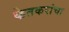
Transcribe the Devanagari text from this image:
केतकरांचा